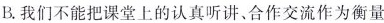
B.我们不能把课堂上的认真听讲、合作交流作为衡量